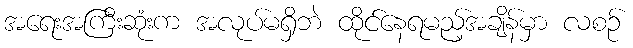
အရေးအကြီးဆုံးက အလုပ်မရှိဘဲ ထိုင်နေရမည့်အချိန်မှာ လစဉ်